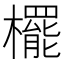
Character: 𣞻